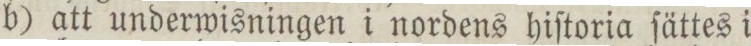
b) att underwisningen i nordens hiſtoria ſättes i